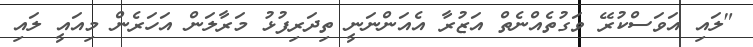
"ލައި އަވަސްކުރޭ ވަގުތެއްނެތް އަޒުރާ އެއަންނަނީ ތިދަރިފުޅު މަރާލަން އަހަރެން މިއައީ ލައި